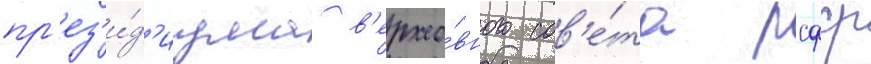
пр'ез'и́д'иума в'ерхо́вного сов'е́та рсфср